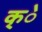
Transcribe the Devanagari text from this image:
क्े